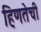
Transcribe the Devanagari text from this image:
हिणतेची